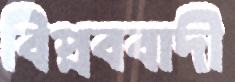
বিপ্লববাদী